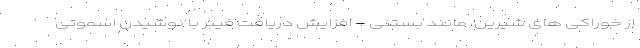
از خوراکی های شیرین، مانند بستنی - افزایش دریافت فیبر با نوشیدن اسموتی